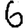
Digit: 6